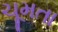
ચૂમતા